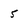
Character: 5